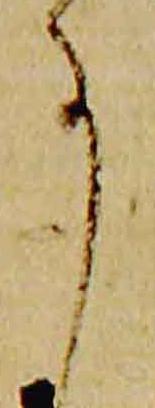
事